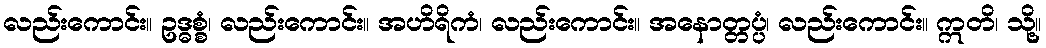
လည်းကောင်း။ ဥဒ္ဓစ္စံ၊ လည်းကောင်း။ အဟိရိကံ၊ လည်းကောင်း။ အနောတ္တပ္ပံ၊ လည်းကောင်း။ ဣတိ၊ သို့။